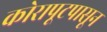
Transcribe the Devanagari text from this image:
कोरापूटपासून